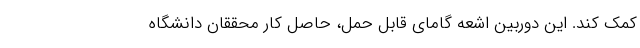
کمک کند. این دوربین اشعه گامای قابل حمل، حاصل کار محققان دانشگاه